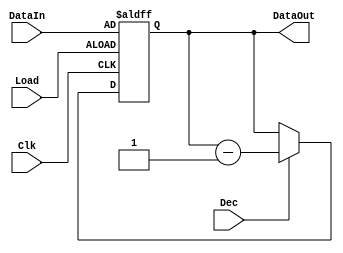
`timescale 1ns / 1ps
//////////////////////////////////////////////////////////////////////////////////
// Company: 
// Engineer: 
// 
// Design Name: 
// Module Name:    Counter 
// Project Name: 
// Target Devices: 
// Tool versions: 
// Description: 
//
// Dependencies: 
//
// Revision: 
// Revision 0.01 - File Created
// Additional Comments: 
//
//////////////////////////////////////////////////////////////////////////////////
module Counter(
    input [3:0] DataIn,
    output [3:0] DataOut,
    input Load,
	 input Dec,
    input Clk
    );
	 
	 reg [3:0] data;
	 
	 /*always@(Load)
	 begin
		data <= DataIn;
	 end*/
	 
	 always@(posedge Clk,posedge Load)
	 begin
		if(Load) data <= DataIn;
		else if(Dec) data <= data-1;
		//DataOut <= data;
	 end
	 assign DataOut = data;
	 
	
endmodule